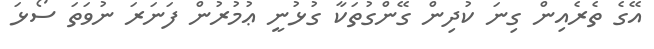
އޭގެ ތެރެއިން ގިނަ ކުދިން ގޭންގުތަކާ ގުޅުނީ ޢުމުރުން ފަނަރަ ނުވަތަ ސޯޅަ